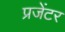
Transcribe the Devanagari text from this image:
प्रजेंटर